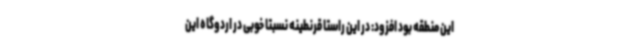
این منطقه بود افزود: در این راستا قرنطینه نسبتا خوبی در اردوگاه این